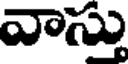
వాస్తు